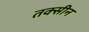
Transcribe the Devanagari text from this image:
तक्सीन